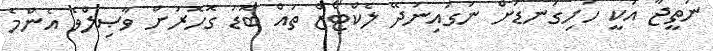
ނަތީޖާ އަކީ ހަށިގަނޑަށް ނަގައިނުދޭ ލެކްޓޯޒް ތައް ބޮޑު ގޮހޮރަށް ވާޞިލްވެ އެންމެ